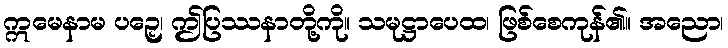
ဣမေနာမ ပဉှေ၊ ဤပြဿနာတို့ကို။ သမုဋ္ဌာပေထ၊ ဖြစ်စေကုန်၏။ အညော၊